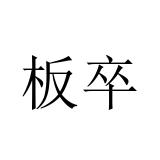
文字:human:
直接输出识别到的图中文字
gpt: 板卒